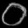
Digit: ၀